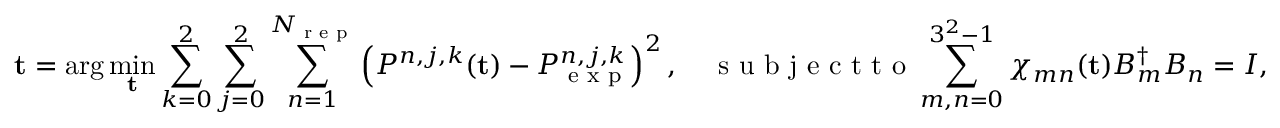
{ \mathbf t } = \arg \operatorname* { m i n } _ { { \mathbf t } } \sum _ { k = 0 } ^ { 2 } \sum _ { j = 0 } ^ { 2 } \sum _ { n = 1 } ^ { N _ { \textrm { r e p } } } \left( P ^ { n , j , k } ( { \mathbf t } ) - P _ { \textrm { e x p } } ^ { n , j , k } \right) ^ { 2 } , \quad \textrm { s u b j e c t t o } \sum _ { m , n = 0 } ^ { 3 ^ { 2 } - 1 } \chi _ { m n } ( { \mathbf t } ) B _ { m } ^ { \dagger } B _ { n } = I ,